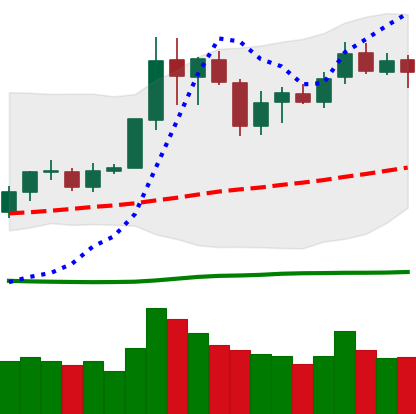
Ticker: LINK-USD
Chart end date: 2020-07-05
Forward return: 29.444%
Label: up_7plus